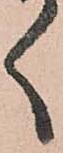
く